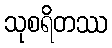
သုစရိတဿ